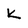
Character: K